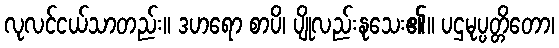
လုလင်ငယ်သာတည်း။ ဒဟရော စာပိ၊ ပျိုလည်းနုသေး၏။ ပဌမုပ္ပတ္တိတော၊